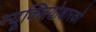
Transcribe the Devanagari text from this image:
न्यूक्लियोक्षारकों